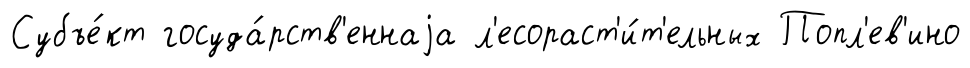
Субъе́кт госуда́рств'еннаjа л'есораст'и́т'ельных Попл'ев'ино